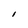
Character: I